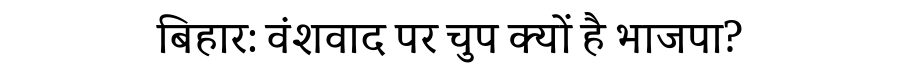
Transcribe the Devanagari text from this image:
बिहार: वंशवाद पर चुप क्यों है भाजपा?